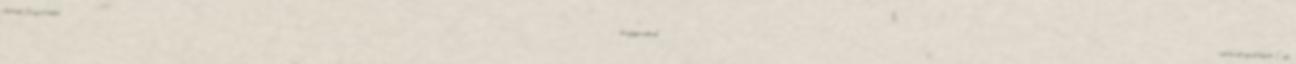
általatok. Georgeal titeket "keresztgyermekeink"-nek hívunk magunk között. S így